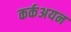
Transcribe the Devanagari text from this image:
कर्कअयन